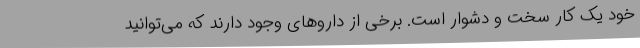
خود یک کار سخت و دشوار است. برخی از داروهای وجود دارند که می‌توانید